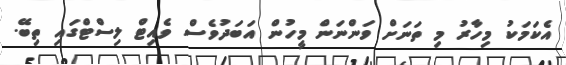
އެކަމަކު މިހާރު މި ތަނަށް ވަންނަން މީހުން އަބަދުވެސް ވެއިޓް ލިސްޓްގައި ތިބޭ.